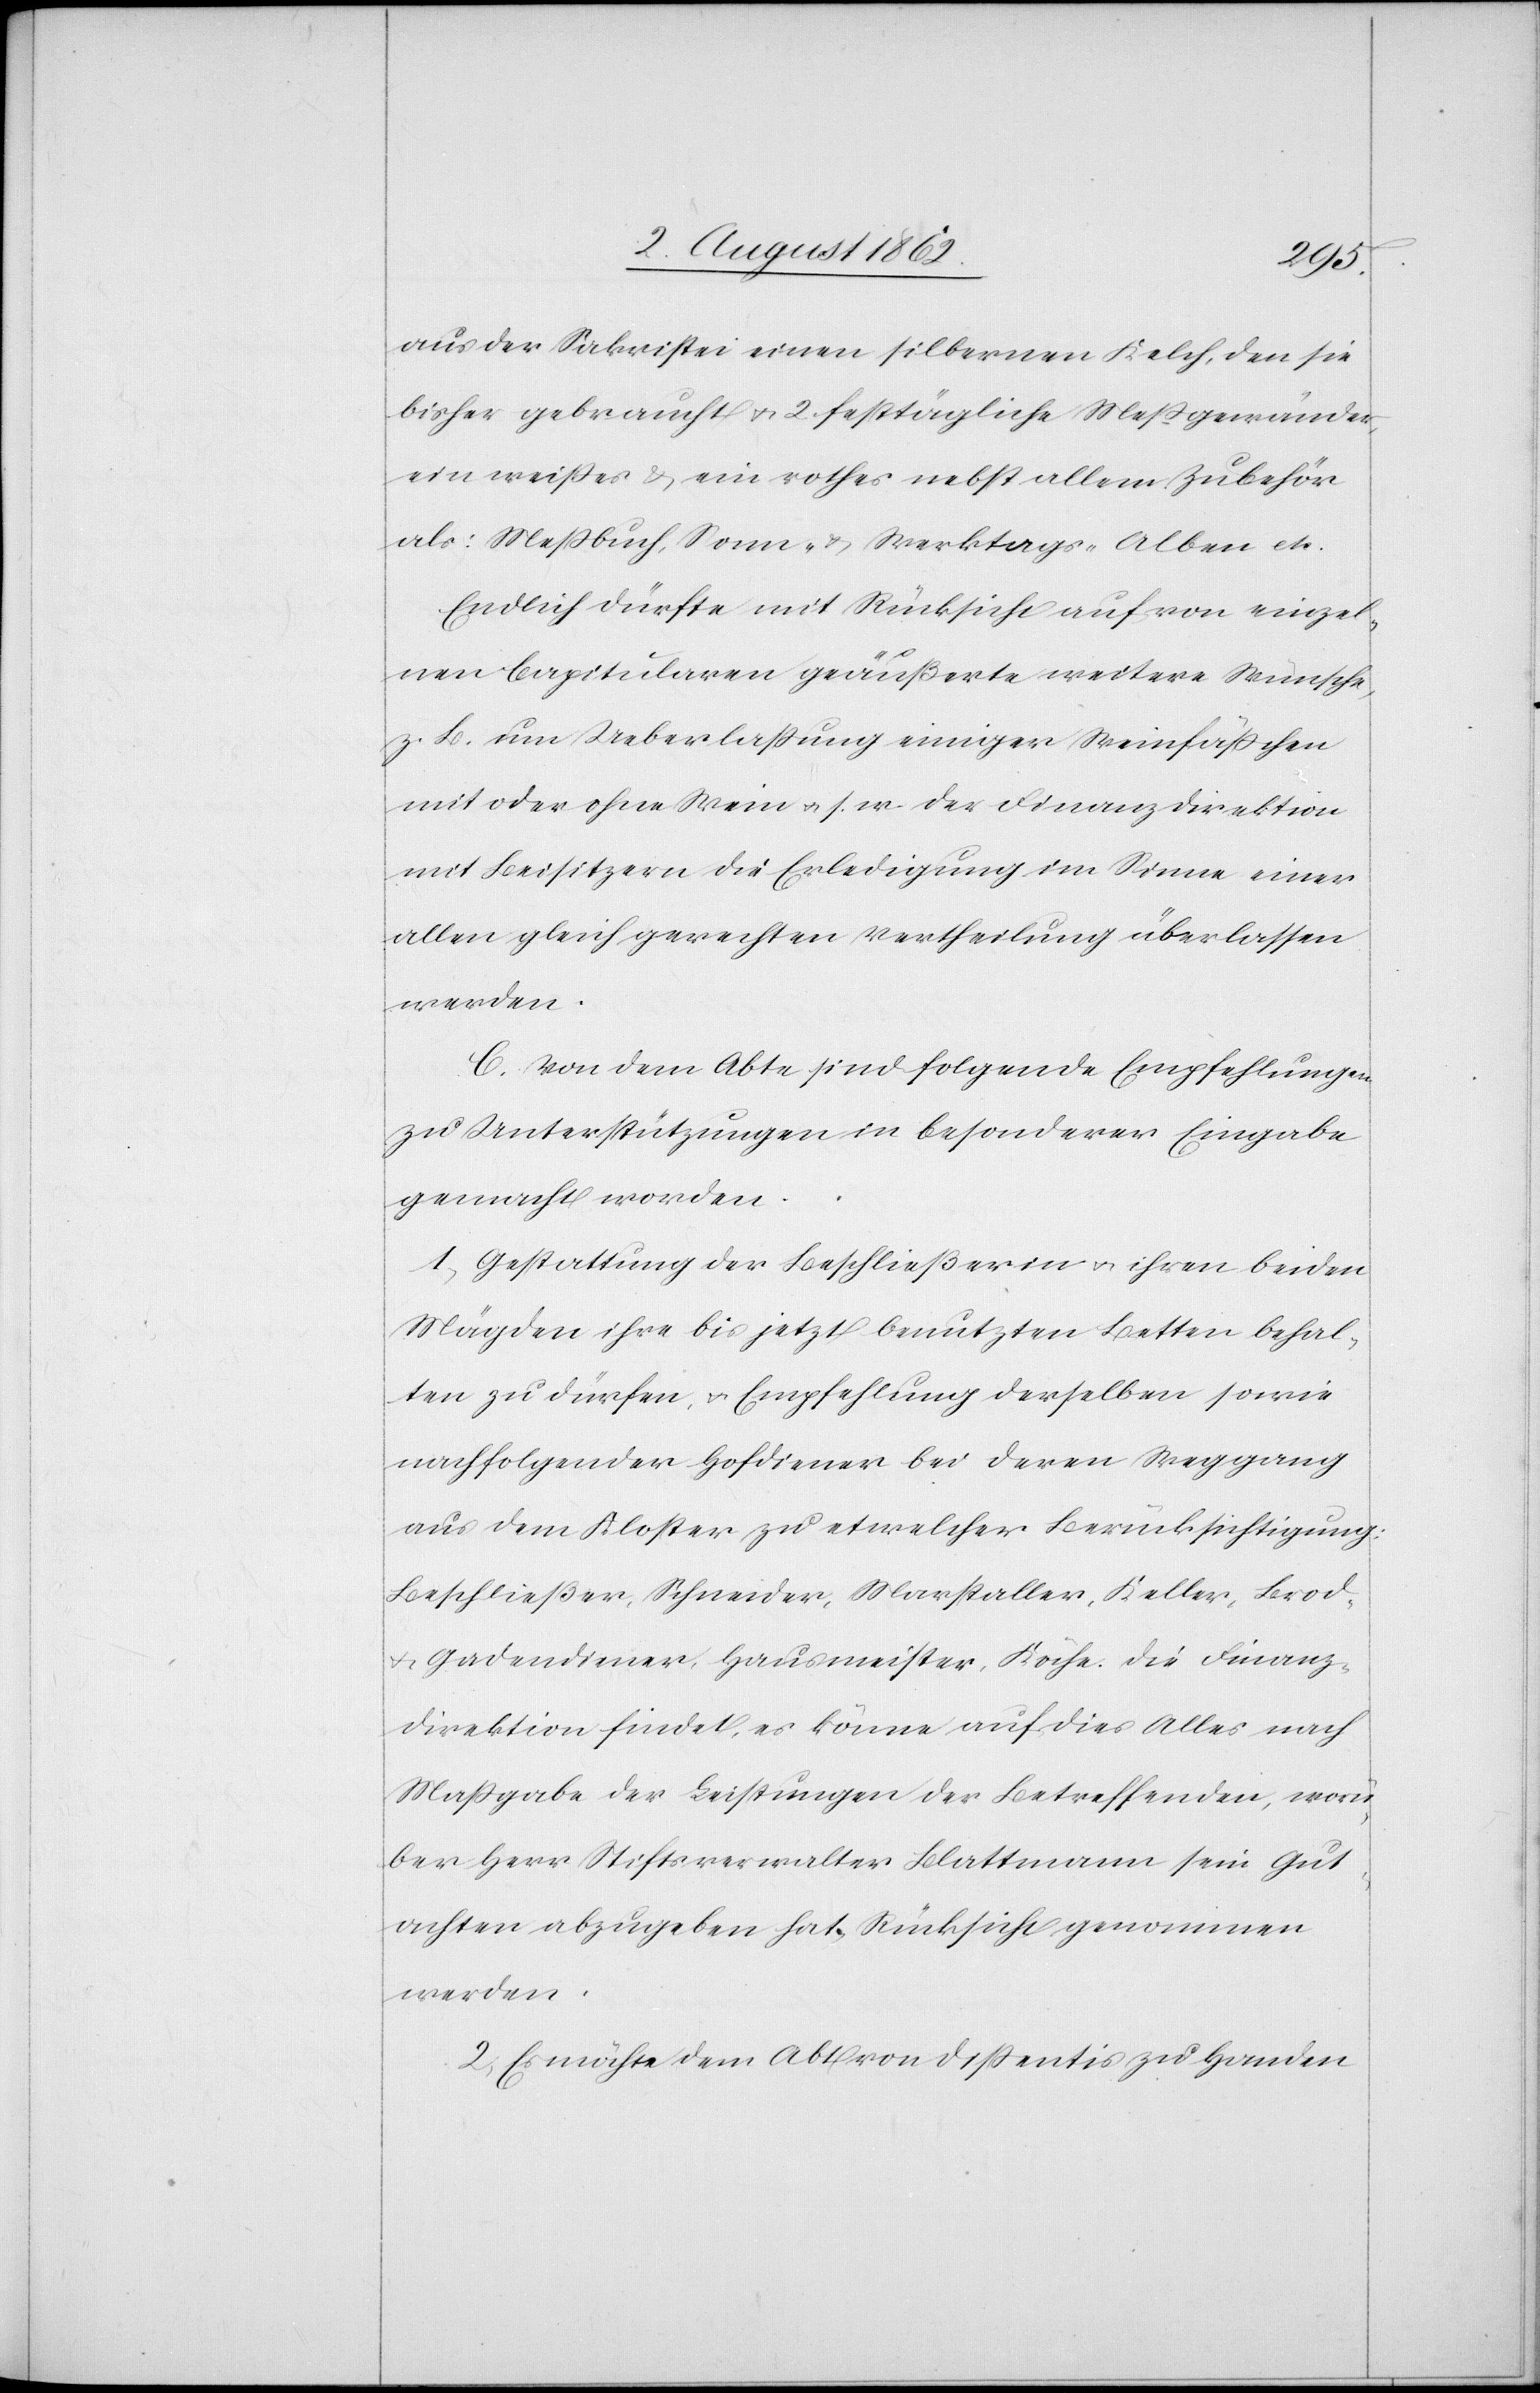
aus der Sakristei einen silbernen Kelch, den sie
bisher gebraucht u. 2 festtägliche Meßgewänder,
ein weißes u. ein rotes nebst allem Zubehör
als: Meßbuch, Sonn- u. Werktags-Alben etc.
Endlich dürfte mit Rücksicht auf von einzel¬
nen Capitularen geäußerte weitere Wünsche,
z. B. um Ueberlassung einiger Weinfäßchen
mit oder ohne Wein u. s. w. der Finanzdirektion
mit Beisitzern die Erledigung im Sinne einer
allen gleich gerechten Vertheilung überlassen
werden.
C. Von dem Abte sind folgende Empfehlungen
zu Unterstützungen in besonderer Eingabe
gemacht worden:
1. Gestattung der Beschließerin u. ihren beiden
Mägden ihre bis jetzt benutzten Betten erhal¬
ten zu dürfen u. Empfehlung derselben sowie
nachfolgender Hofdiener bei deren Weggang
aus dem Kloster zu etwelcher Berücksichtigung;
Beschließer, Schneider, Marstaller, Keller, Brod-
u. Gabendiener, Hausmeister, Köche. Die Finanz¬
direktion findet, es könne auf dies Alles nach
Maßgabe der Leistungen der Betreffenden, worü¬
ber Herr Stiftsverwalter Blattmann sein Gut¬
achten abzugeben hat, Rücksicht genommen
werden.
2. Es möchte dem Abt von Dißentis zu Handen